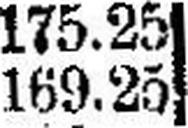
169.25